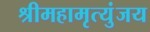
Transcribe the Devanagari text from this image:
श्रीमहामृत्युंजय